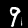
Label: 9